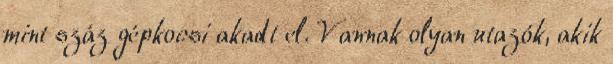
mint száz gépkocsi akadt el. Vannak olyan utazók, akik